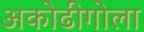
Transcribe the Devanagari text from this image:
अकोढीगोला